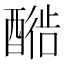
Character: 𬪳